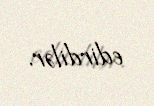
edirdilər.